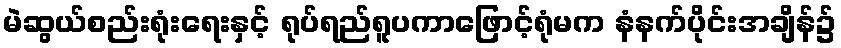
မဲဆွယ်စည်းရုံးရေးနှင့် ရုပ်ရည်ရူပကာဖြောင့်ရုံမက နံနက်ပိုင်းအချိန်၌